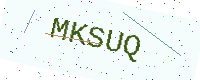
Text: MKSUQ